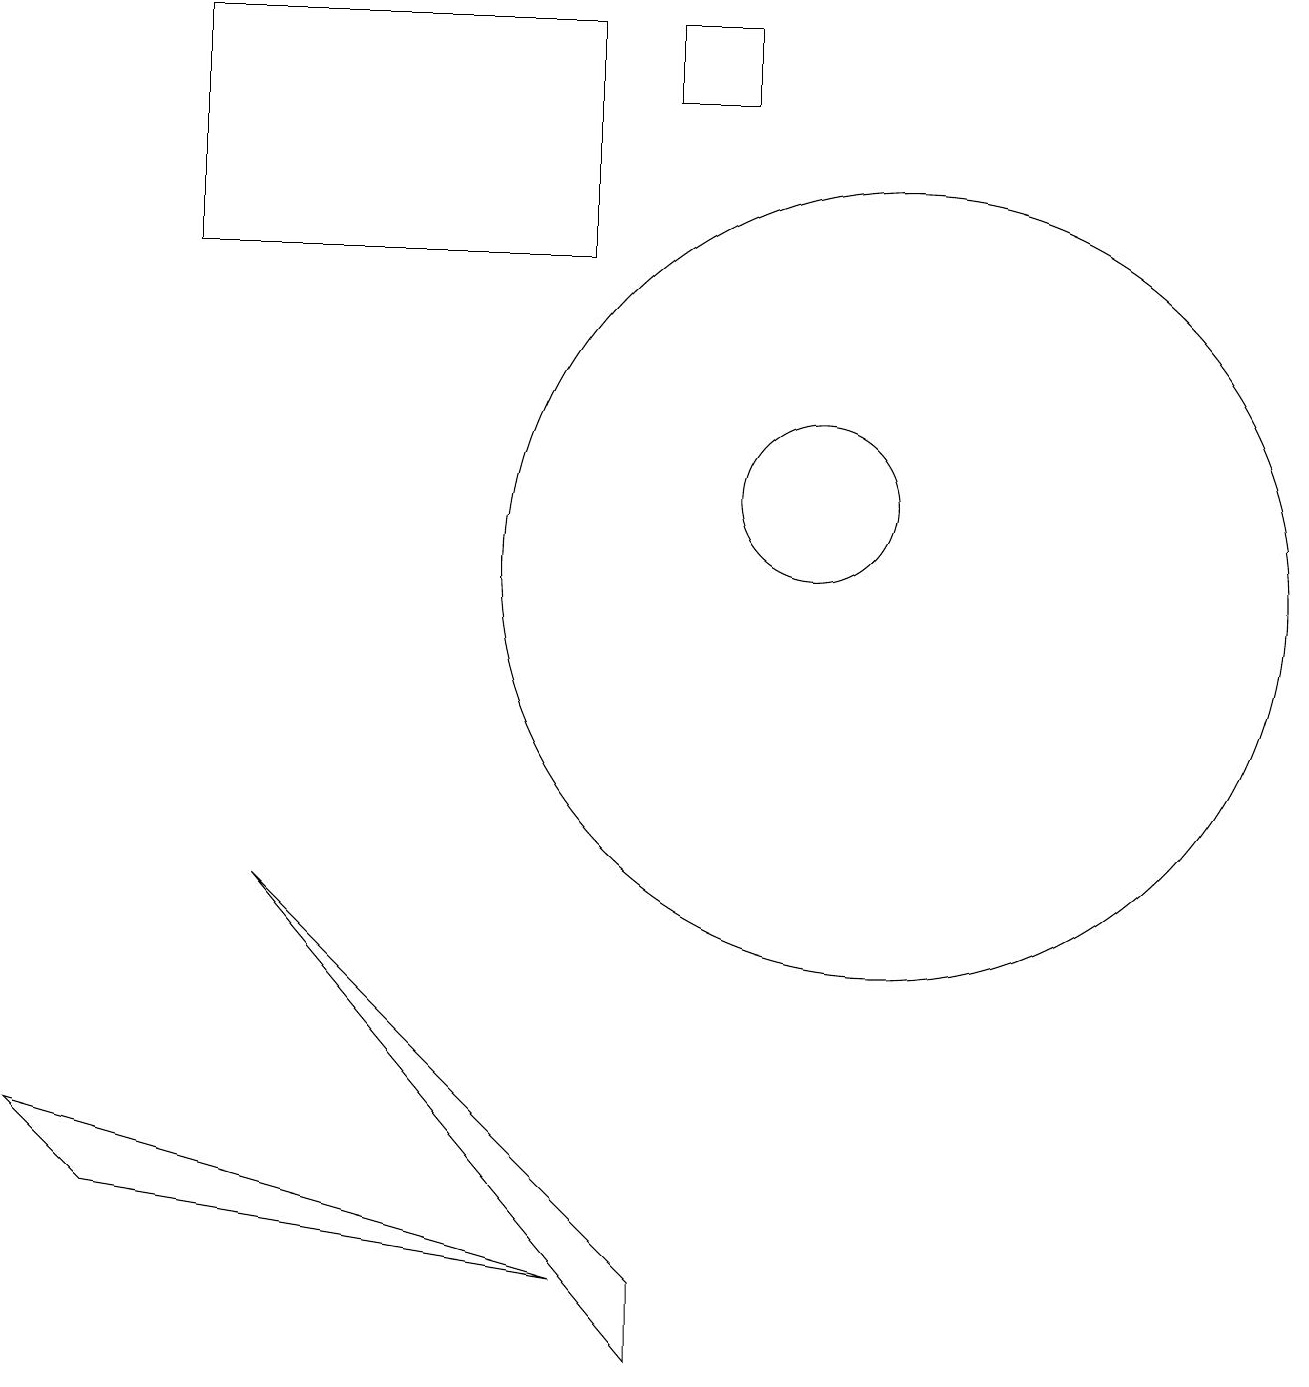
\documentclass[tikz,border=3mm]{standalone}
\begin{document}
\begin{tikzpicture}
\draw (11,10) circle (5);
\draw (11,10) circle (0);
\draw (10,11) circle (1);
\draw (0,3) -- (1,2) -- (7,1) -- cycle;
\draw (7,14) rectangle (2,17);
\draw (8,0) -- (8,1) -- (3,6) -- cycle;
\draw (8,16) rectangle (9,17);
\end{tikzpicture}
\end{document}